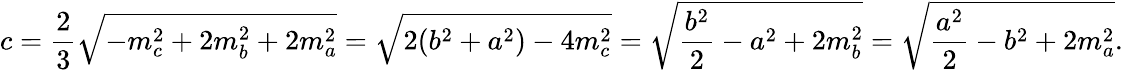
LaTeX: c={\frac{2}{3}}{\sqrt{-m_{c}^{2}+2m_{b}^{2}+2m_{a}^{2}}}={\sqrt{2(b^{2}+a^{2})-4m_{c}^{2}}}={\sqrt{{\frac{b^{2}}{2}}-a^{2}+2m_{b}^{2}}}={\sqrt{{\frac{a^{2}}{2}}-b^{2}+2m_{a}^{2}}}.